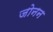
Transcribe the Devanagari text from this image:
जोनन